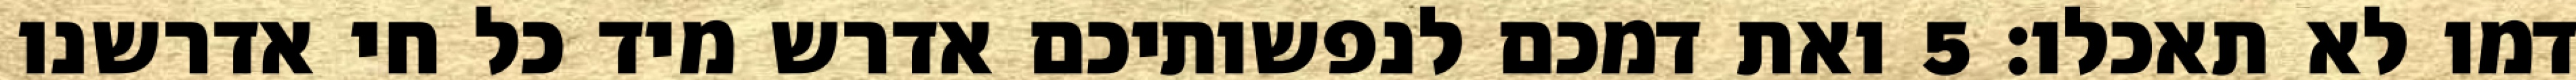
דמו לא תאכלו׃ ‎5‏ ואת דמכם לנפשותיכם אדרש מיד כל חי אדרשנו